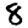
Digit: 8